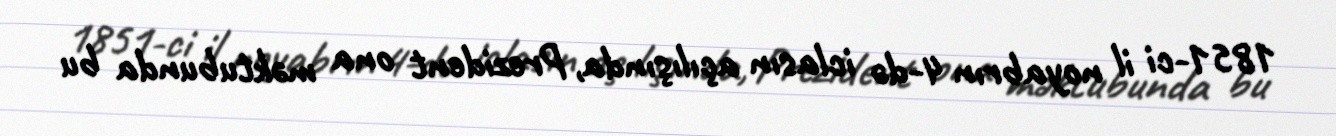
1851-ci il noyabrın 4-də iclasın açılışında, Prezident ona məktubunda bu